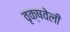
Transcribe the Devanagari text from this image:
वृक्षवेली